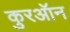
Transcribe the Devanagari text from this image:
कुरऑन